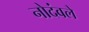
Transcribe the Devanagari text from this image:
नोदंवले